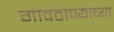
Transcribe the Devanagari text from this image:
गावठाण्याच्या